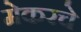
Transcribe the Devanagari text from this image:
मेकरचे